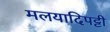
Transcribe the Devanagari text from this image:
मलयादिपट्टी